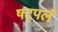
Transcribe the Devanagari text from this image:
षट्पलं